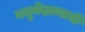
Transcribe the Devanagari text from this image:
यजुर्वेदाध्यायी